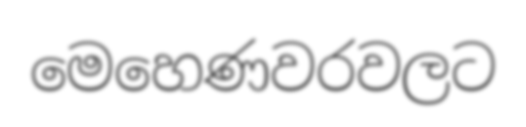
මෙහෙණවරවලට